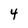
Character: 4